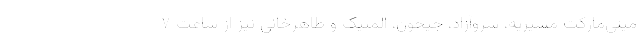
مینی­مارکت مشیریه، سروآزاد، جیحون، المپیک و طاهرخانی نیز از ساعت ۷